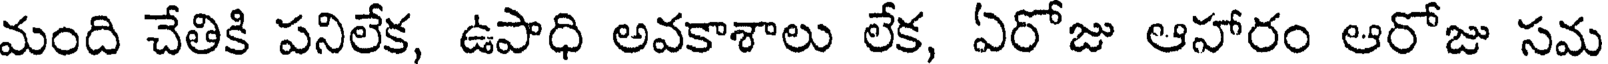
మంది చేతికి పనిలేక, ఉపాధి అవకాశాలు లేక, ఏరోజు ఆహారం ఆరోజు సమ